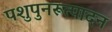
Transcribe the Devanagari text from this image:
पशुपुनरूत्पादन